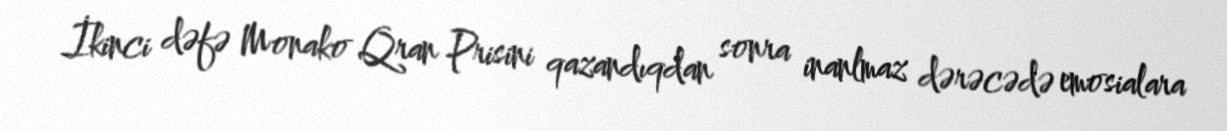
İkinci dəfə Monako Qran Prisini qazandıqdan sonra inanlmaz dərəcədə emosialara